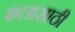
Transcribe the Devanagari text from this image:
फलासाठी